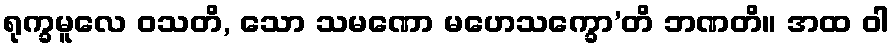
ရုက္ခမူလေ ဝသတိ, သော သမဏော မဟေသက္ခော’တိ ဘဏတိ။ အထ ဝါ